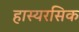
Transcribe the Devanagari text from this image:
हास्यरसिक